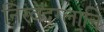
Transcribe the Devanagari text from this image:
निरवेदग्लानि